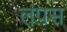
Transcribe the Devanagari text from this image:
लंपस